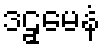
ဒဠှမေနံ